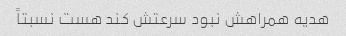
هدیه همراهش نبود سرعتش کند هست نسبتاً